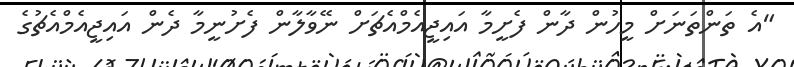
"އެ ތަންތަނަށް މީހުން ދާން ފެށީމާ އައިޖީއެމްއެޗަށް ނޭވާލާން ފެށުނީމާ ދެން އައިޖީއެމްއެޗުގެ